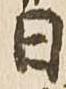
日